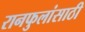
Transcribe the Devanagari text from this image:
रानफुलांसाठी